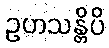
ဥဟသန္တိပိ